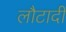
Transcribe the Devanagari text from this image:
लौटादी